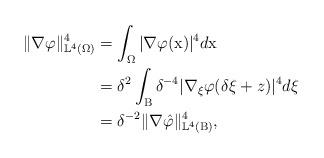
LaTeX: \begin{align*}\Vert \nabla\varphi \Vert^4_{\mathbb{L}^4(\Omega)} &= \int_{\Omega}|\nabla\varphi(\mathrm{x})|^4 d\mathrm{x}\\ &= \delta^2 \int_{\mathrm{B}}\delta^{-4}|\nabla_{\xi}\varphi(\delta \xi + z)|^4 d\xi\\ &= \delta^{-2}\Vert \nabla \hat{\varphi} \Vert^4_{\mathbb{L}^4(\mathrm{B})},\end{align*}